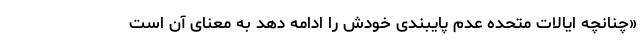
«چنانچه ایالات متحده عدم پایبندی خودش را ادامه دهد به معنای آن است